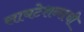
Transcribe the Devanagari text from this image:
सायटेशन्सची